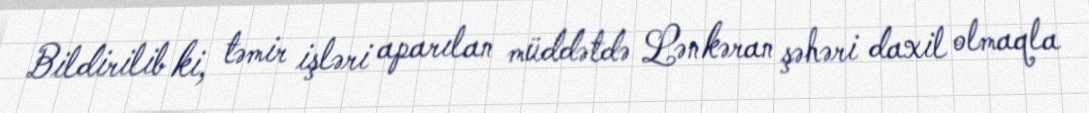
Bildirilib ki, təmir işləri aparılan müddətdə Lənkəran şəhəri daxil olmaqla